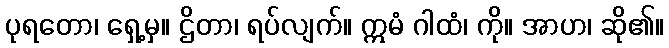
ပုရတော၊ ရှေ့မှ။ ဌိတာ၊ ရပ်လျက်။ ဣမံ ဂါထံ၊ ကို။ အာဟ၊ ဆို၏။